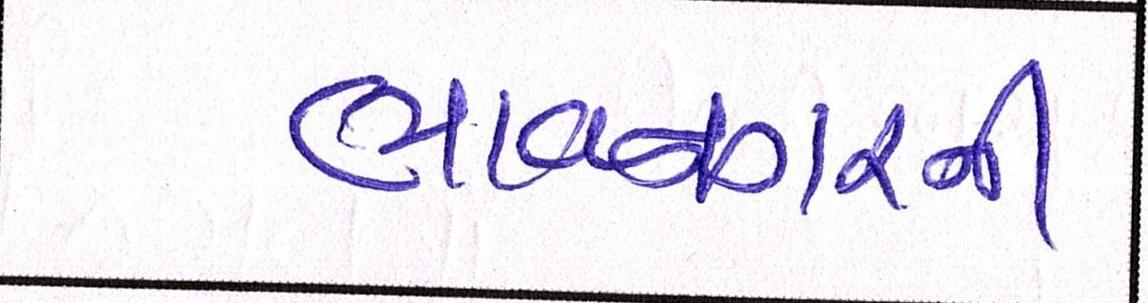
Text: ભાવનગરની